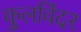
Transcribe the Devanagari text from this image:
कुलविंदर